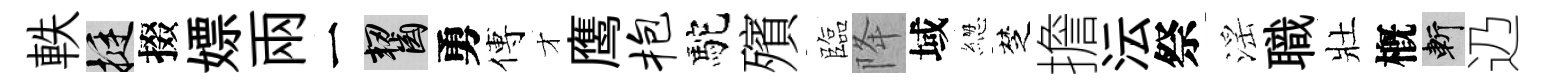
軼挺掇嫖兩一齧勇傅才鹰抱駝殯臨降域緫椘擔沄祭滛職壯槪斬辸